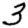
Digit: 3